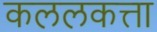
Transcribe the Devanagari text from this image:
कललकत्ता